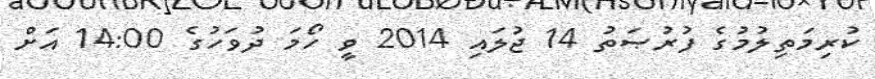
ކުރިމަތިލުމުގެ ފުރުޞަތު 14 ޖުލައި 2014 ވީ ހޯމަ ދުވަހުގެ 14:00 އަށް